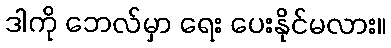
ဒါကို ဘေလ်မှာ ရေး ပေးနိုင်မလား။